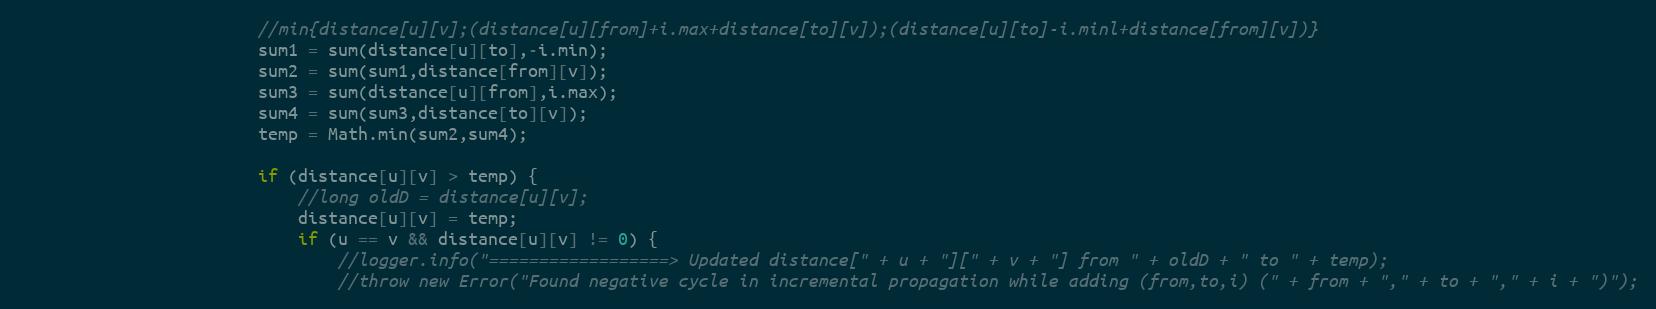
Language: Java
						//min{distance[u][v];(distance[u][from]+i.max+distance[to][v]);(distance[u][to]-i.minl+distance[from][v])}
						sum1 = sum(distance[u][to],-i.min);
						sum2 = sum(sum1,distance[from][v]);
						sum3 = sum(distance[u][from],i.max);
						sum4 = sum(sum3,distance[to][v]);
						temp = Math.min(sum2,sum4);

						if (distance[u][v] > temp) {
							//long oldD = distance[u][v];
							distance[u][v] = temp;
							if (u == v && distance[u][v] != 0) {
								//logger.info("==================> Updated distance[" + u + "][" + v + "] from " + oldD + " to " + temp);
								//throw new Error("Found negative cycle in incremental propagation while adding (from,to,i) (" + from + "," + to + "," + i + ")");